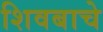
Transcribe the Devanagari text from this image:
शिवबाचे